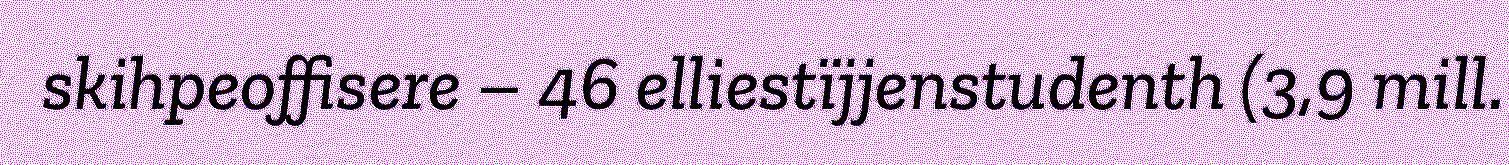
skihpeoffisere – 46 elliestïjjenstudenth (3,9 mill.